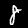
Digit: 8